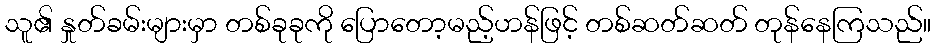
သူ၏ နှုတ်ခမ်းများမှာ တစ်ခုခုကို ပြောတော့မည့်ဟန်ဖြင့် တစ်ဆတ်ဆတ် တုန်နေကြသည်။